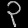
Digit: ၃